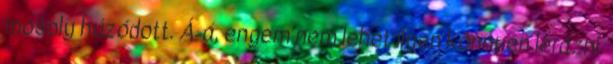
mosoly húzódott. Á-á, engem nem lehet ilyen könnyen lerázni.